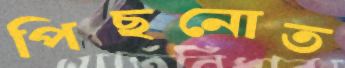
পিছনোত